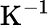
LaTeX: \mathrm{K}^{-1}